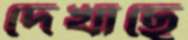
দেখাছে